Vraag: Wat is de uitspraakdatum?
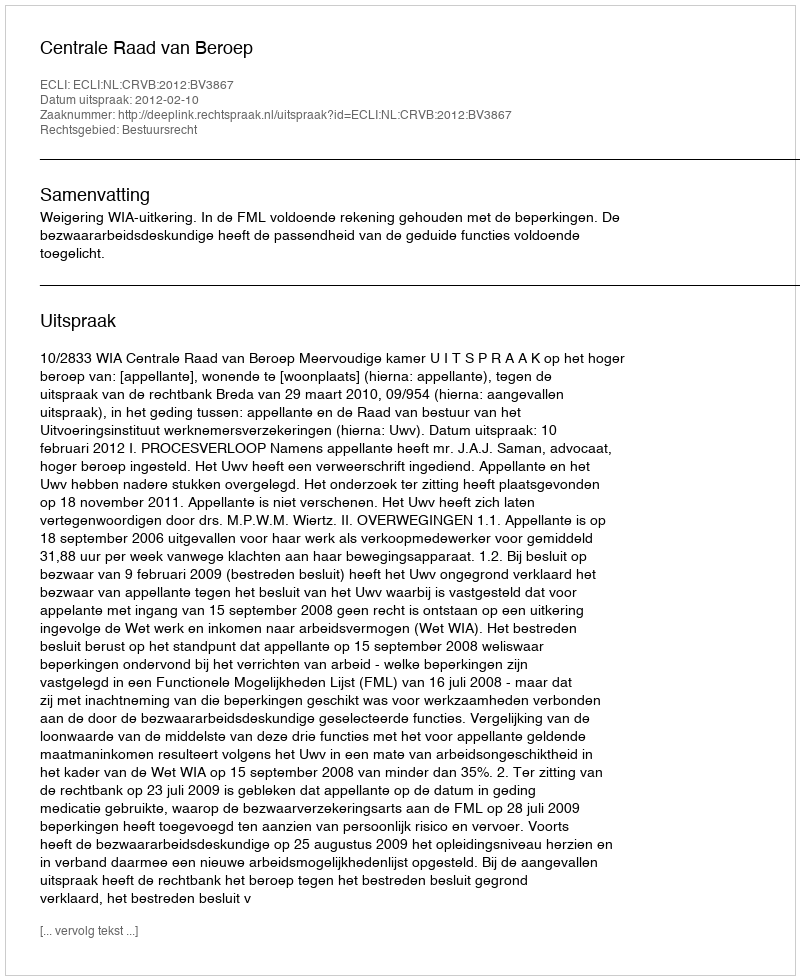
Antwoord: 2012-02-10